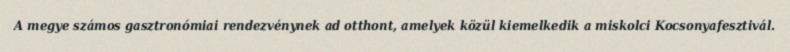
A megye számos gasztronómiai rendezvénynek ad otthont, amelyek közül kiemelkedik a miskolci Kocsonyafesztivál.